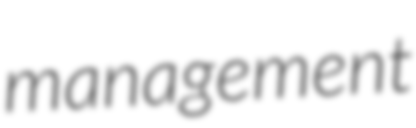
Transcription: management